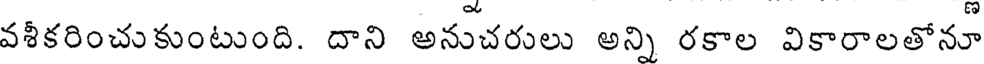
వశీకరించుకుంటుంది. దాని అనుచరులు అన్ని రకాల వికారాలతోనూ